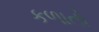
કળાતો